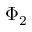
\Phi _ { 2 }